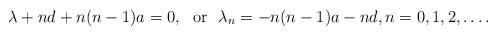
LaTeX: \begin{align*}\lambda +nd+n(n-1)a=0,~~\mbox{or}~~\lambda_n= -n(n-1)a - nd,n=0,1,2,\ldots.\end{align*}